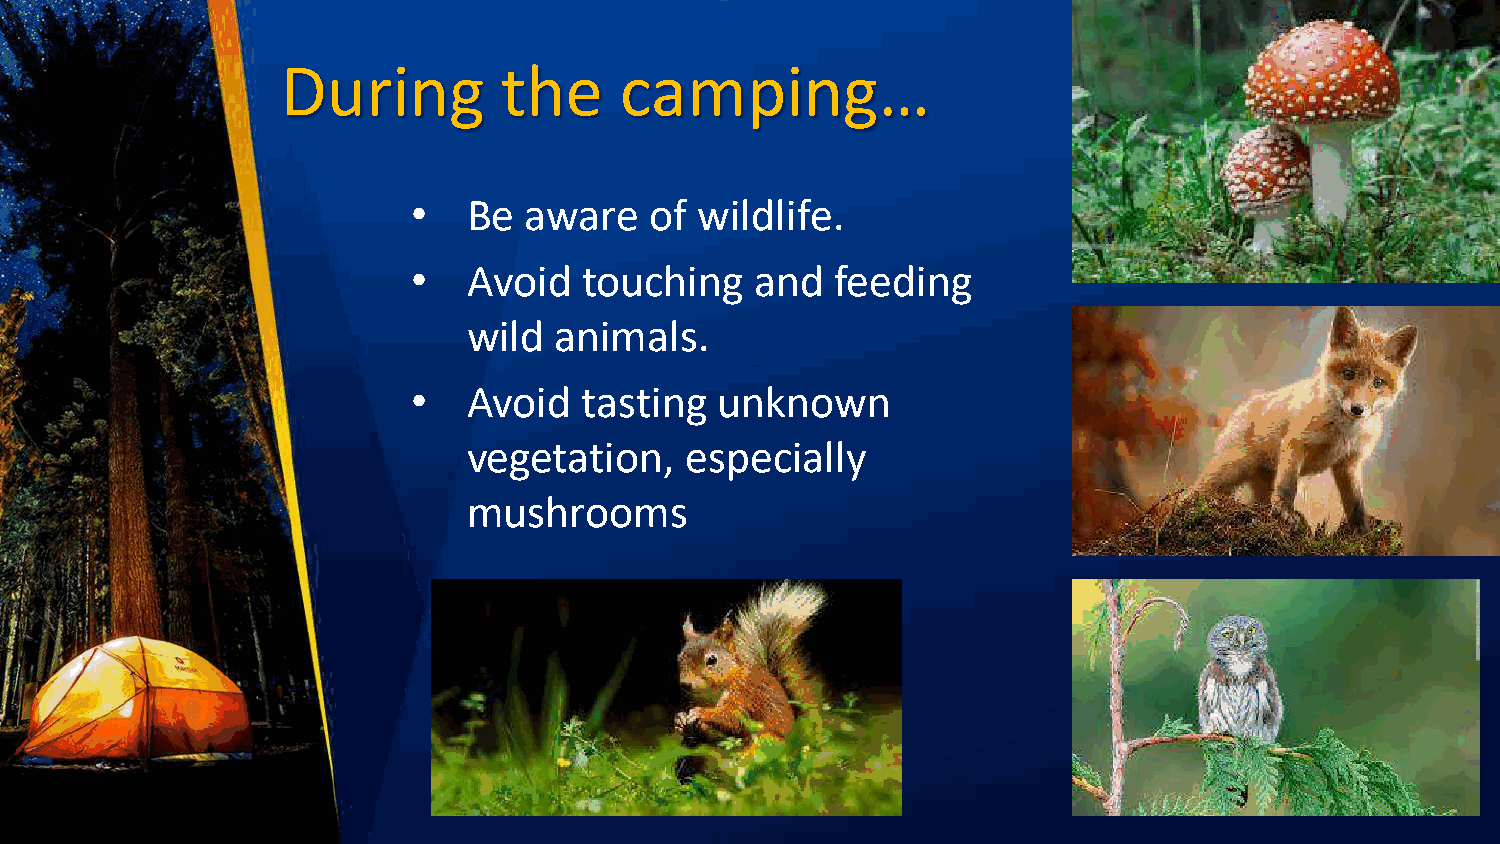
During        the     camping…
 •   Be  aware   of wildlife.
 •   Avoid   touching   and  feeding
 wild  animals.
 •   Avoid   tasting  unknown
 vegetation,   especially
 mushrooms